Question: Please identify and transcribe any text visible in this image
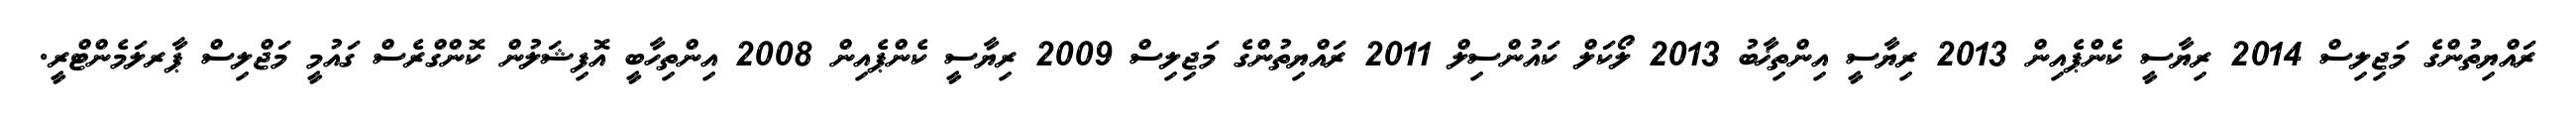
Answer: ރައްޔިތުންގެ މަޖިލިސް 2014 ރިޔާސީ ކެންޕެއިން 2013 ރިޔާސީ އިންތިޚާބު 2013 ލޯކަލް ކައުންސިލް 2011 ރައްޔިތުންގެ މަޖިލިސް 2009 ރިޔާސީ ކެންޕެއިން 2008 އިންތިހާބީ އޮފިޝަލުން ކޮންގްރެސް ގައުމީ މަޖްލިސް ޕާރލަމެންޓްރީ.